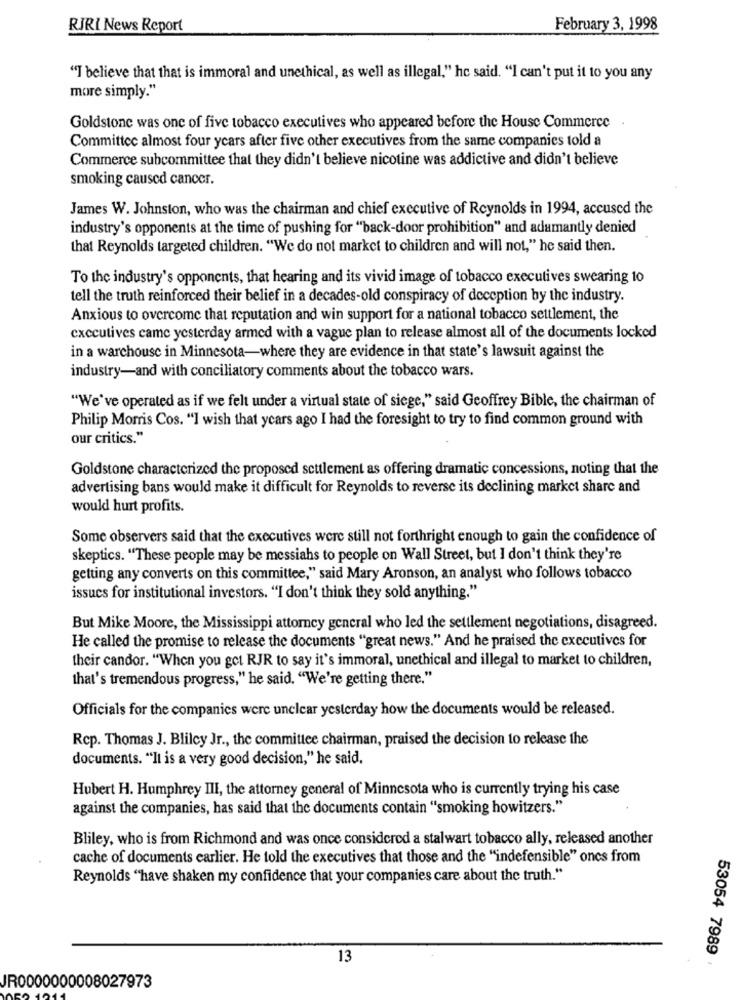
RIRI News Report
February 3, 1998
"I believe that that is immoral and unethical, as well as illegal," he said. "I can't put it to you any
more simply."
Goldstone was one of five tobacco executives who appeared before the House Commerce
Committee almost four years after five other executives from the same companies told a
Commerce subcommittee that they didn't believe nicotine was addictive and didn't believe
smoking caused cancer.
James W. Johnston, who was the chairman and chief executive of Reynolds in 1994, accused the
industry's opponents at the time of pushing for "back-door prohibition" and adamantly denied
that Reynolds targeted children. "We do not market to children and will not," he said then.
To the industry's opponents, that hearing and its vivid image of tobacco executives swearing 10
tell the truth reinforced their belief in a decades-old conspiracy of deception by the industry.
Anxious to overcome that reputation and win support for a national tobacco settlement, the
executives came yesterday armed with a vague plan to release almost all of the documents locked
in a warchouse in Minnesota-where they are evidence in that state's lawsuit against the
industry-and with conciliatory comments about the tobacco wars.
"We've operated as if we felt under a virtual state of siege," said Geoffrey Bible, the chairman of
Philip Morris Cos. "I wish that years ago I had the foresight to try to find common ground with
our critics."
Goldstone characterized the proposed settlement as offering dramatic concessions, noting that the
advertising bans would make it difficult for Reynolds to reverse its declining market share and
would hurt profits.
Some observers said that the executives were still not forthright enough to gain the confidence of
skeptics. "These people may be messiahs to people on Wall Street, but I don't think they're
getting any converts on this committee," said Mary Aronson, an analyst who follows tobacco
issucs for institutional investors. "I don't think they sold anything."
But Mike Moore, the Mississippi attorney general who led the settlement negotiations, disagreed.
He called the promise to release the documents "great news." And he praised the executives for
their candor. "When you get RJR to say it's immoral, unethical and illegal to market to children,
that's tremendous progress," he said. "We're getting there."
Officials for the companies were unclear yesterday how the documents would be released.
Rep. Thomas J. Bliley Jr ., the committee chairman, praised the decision to release the
documents. "It is a very good decision," he said.
Hubert H. Humphrey III, the attorney general of Minnesota who is currently trying his case
against the companies, has said that the documents contain "smoking howitzers."
Bliley, who is from Richmond and was once considered a stalwart tobacco ally, released another
cache of documents earlier. He told the executives that those and the "indefensible" ones from
Reynolds "have shaken my confidence that your companies care about the truth."
13
53054 7989 ,
JR0000000008027973